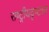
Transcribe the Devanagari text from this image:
राष्‍ट्रीयदृष्ट्या